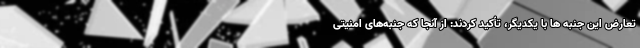
تعارض این جنبه ها با یکدیگر، تأکید کردند: از آنجا که جنبه‌های امنیتی